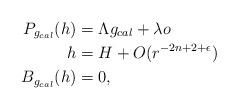
LaTeX: \begin{align*}P_{g_{cal}}(h)&=\Lambda {g_{cal}} + \lambda o \\h&=H+O(r^{-2n+2+\epsilon})\\B_{g_{cal}}(h)&=0,\end{align*}